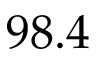
9 8 . 4